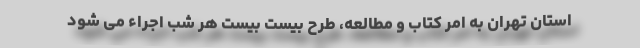
استان تهران به امر کتاب و مطالعه، طرح بیست بیست هر شب اجراء می شود